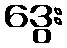
ဒွေး